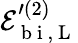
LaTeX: \mathcal{E}_{\mathrm{~b~i~},\mathrm{~L~}}^{\prime{(2)}}